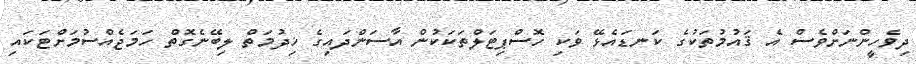
ދިވެހީންނަށްވެސް އެ ޤައުމުތަކުގެ ކަނޑައެޅޭ ވަކި ހޮސްޕިޓަލްތަކަކުން އާސަންދައިގެ ޚިދުމަތް ލިބޭނެގޮތް ހަމަޖެއްސުމަށްޓަކައި